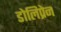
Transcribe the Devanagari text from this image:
डोलिप्रेन